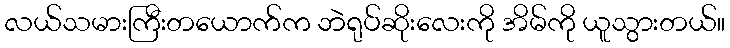
လယ်သမားကြီးတယောက်က ဘဲရုပ်ဆိုးလေးကို အိမ်ကို ယူသွားတယ်။